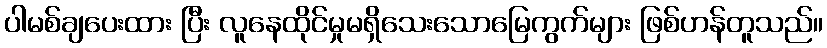
ပါမစ်ချပေးထား ပြီး လူနေထိုင်မှုမရှိသေးသောမြေကွက်များ ဖြစ်ဟန်တူသည်။